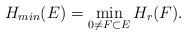
LaTeX: \begin{align*}H_{min}(E)=\min\limits_{0 \neq F \subset E} H_r(F).\end{align*}